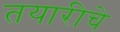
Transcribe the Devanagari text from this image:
तयारीचे